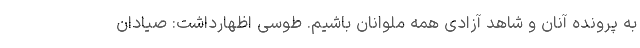
به پرونده آنان و شاهد آزادی همه ملوانان باشیم. طوسی اظهارداشت: صیادان